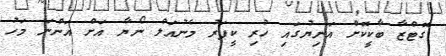
ގޮޓްޒާ ބާކީކޮށް އަނިޔުގައި ހުރި ކީޕަރު މެނުއަލް ނޯޔާ އަށް އަންނަ މަހު